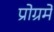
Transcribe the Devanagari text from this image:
प्रोग्रमे